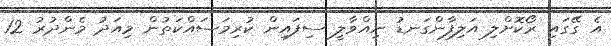
އެ ގޭގައި ރޯކޮށްލި އަލިފާންގަނޑު ނިއްވާލީ ސިފައިން ކުރިމަސައްކަތުން މިއަދު މެންދުރު 12